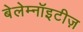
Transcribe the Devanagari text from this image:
बेलेम्नॉइटीज़